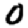
Digit: 0